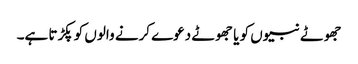
جھوٹے نبیوں کو یا جھوٹے دعوے کرنے والوں کو پکڑتا ہے۔